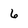
Character: 6